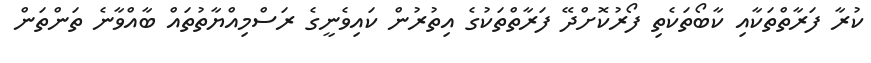
ކުރާ ފަރާތްތަކާއި ކާބޯތަކެތި ފޯރުކޮށްދޭ ފަރާތްތަކުގެ އިތުރުން ކައިވެނީގެ ރަސްމިއްޔާތުތައް ބާއްވާނެ ތަންތަން